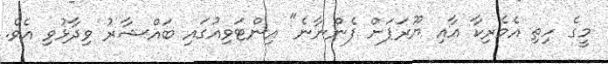
މީގެ ހިތި އެމެރިކާ އާއި ޔޫރަޕަށް ފެންނާނެ" އިންޓަވިއުގައި ބައްޝާރު ވިދާޅުވި އެވެ.